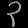
Digit: ၃